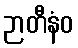
ဉာတီနံဝ